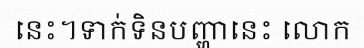
នេះ។ទាក់ទិនបញ្ហានេះ លោក